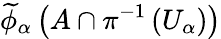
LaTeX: {\widetilde{\phi}}_{\alpha}\left(A\cap\pi^{-1}\left(U_{\alpha}\right)\right)